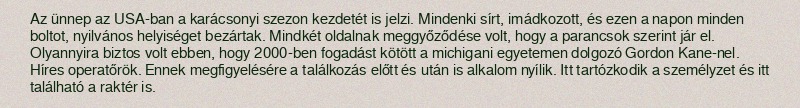
Az ünnep az USA-ban a karácsonyi szezon kezdetét is jelzi. Mindenki sírt, imádkozott, és ezen a napon minden boltot, nyilvános helyiséget bezártak. Mindkét oldalnak meggyőződése volt, hogy a parancsok szerint jár el. Olyannyira biztos volt ebben, hogy 2000-ben fogadást kötött a michigani egyetemen dolgozó Gordon Kane-nel. Híres operatőrök. Ennek megfigyelésére a találkozás előtt és után is alkalom nyílik. Itt tartózkodik a személyzet és itt található a raktér is.